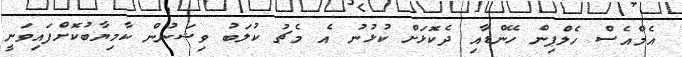
އެމްއެސް ހެލްޕިން ހޭންޑާއި ދެކޮޅަށް ކުޅުނު އެ މެޗު ކުލަބު ވިޝަނުން ކާމިޔާބުކޮށްފައިވަނީ